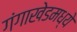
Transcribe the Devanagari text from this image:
गंगाखेडमध्ये